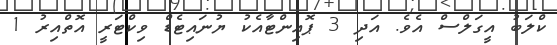
ކްލަބު އީގަލްސް އެވެ. އަދި 3 ޕޮއިންޓާއެކު ޔުނައިޓެޑް ވިކްޓަރީ އޮތްއިރު 1